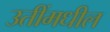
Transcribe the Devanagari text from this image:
उतींमधील